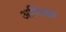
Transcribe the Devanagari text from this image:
अमित्रत्त्व